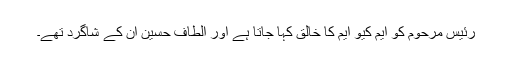
رئیس مرحوم کو ایم کیو ایم کا خالق کہا جاتا ہے اور الطاف حسین ان کے شاگرد تھے۔